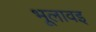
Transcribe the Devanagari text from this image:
भूलावइ